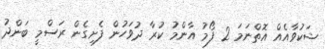
ޝަކުވާއެއް އޮތްނަމަ 2 ފޯމު އާންމު ކުރާ ދުވަހުން ފެށިގެން ރަސްމީ ބަންދު